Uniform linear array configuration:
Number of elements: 12
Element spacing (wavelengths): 1
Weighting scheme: binomial
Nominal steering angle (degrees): -45
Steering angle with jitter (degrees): -43.876
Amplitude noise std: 0.05
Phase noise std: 0.05

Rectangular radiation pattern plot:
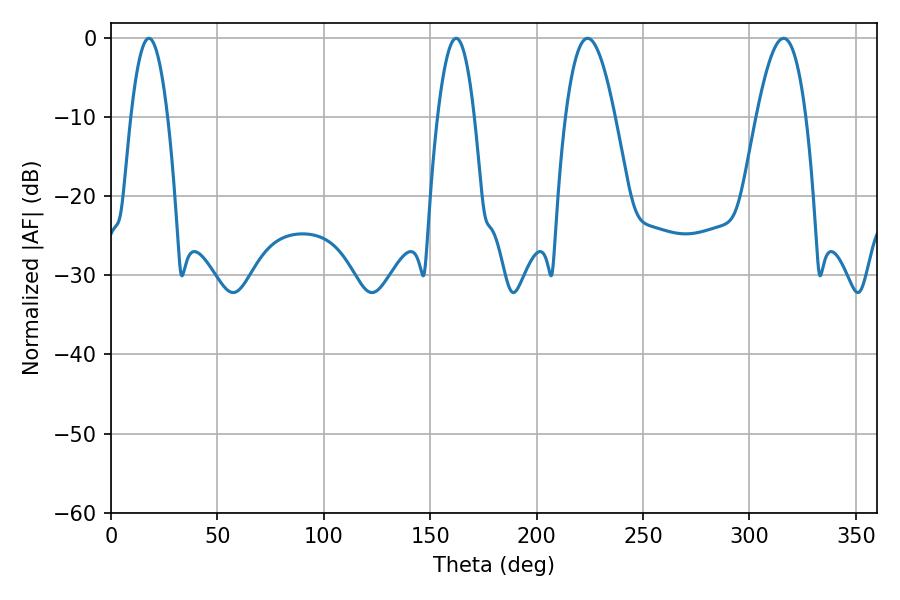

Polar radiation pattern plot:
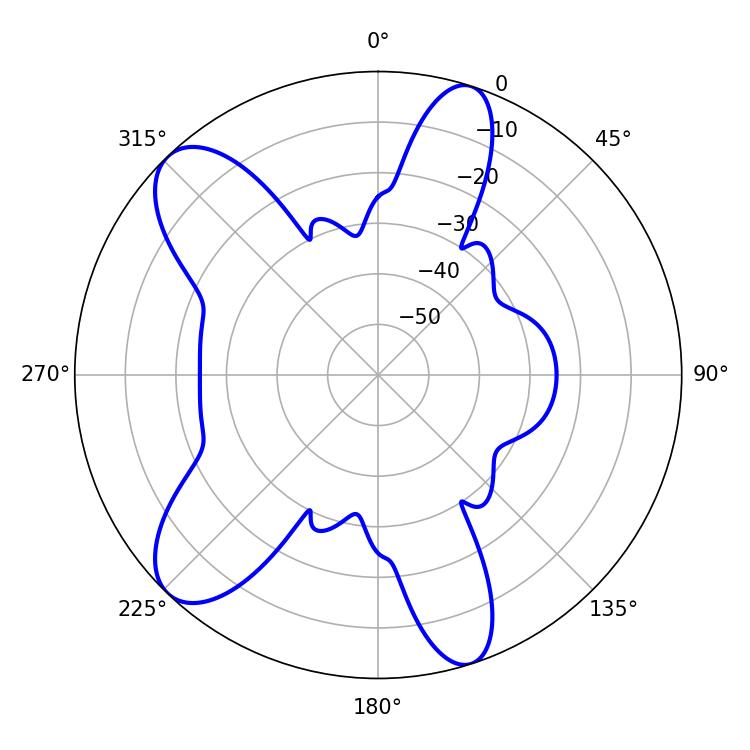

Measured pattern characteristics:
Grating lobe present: TRUE
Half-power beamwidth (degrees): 9.36
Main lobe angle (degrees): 17.82